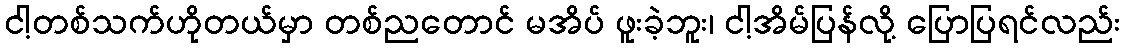
ငါ့တစ်သက်ဟိုတယ်မှာ တစ်ညတောင် မအိပ် ဖူးခဲ့ဘူး၊ ငါ့အိမ်ပြန်လို့ ပြောပြရင်လည်း